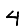
Digit: 4